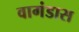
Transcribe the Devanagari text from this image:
वागंडास